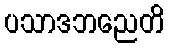
ပသာဒဘညေတိ